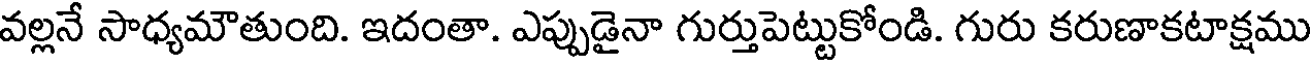
వల్లనే సాధ్యమౌతుంది. ఇదంతా. ఎప్పుడైనా గుర్తుపెట్టుకోండి. గురు కరుణాకటాక్షము